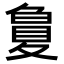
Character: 𡕳